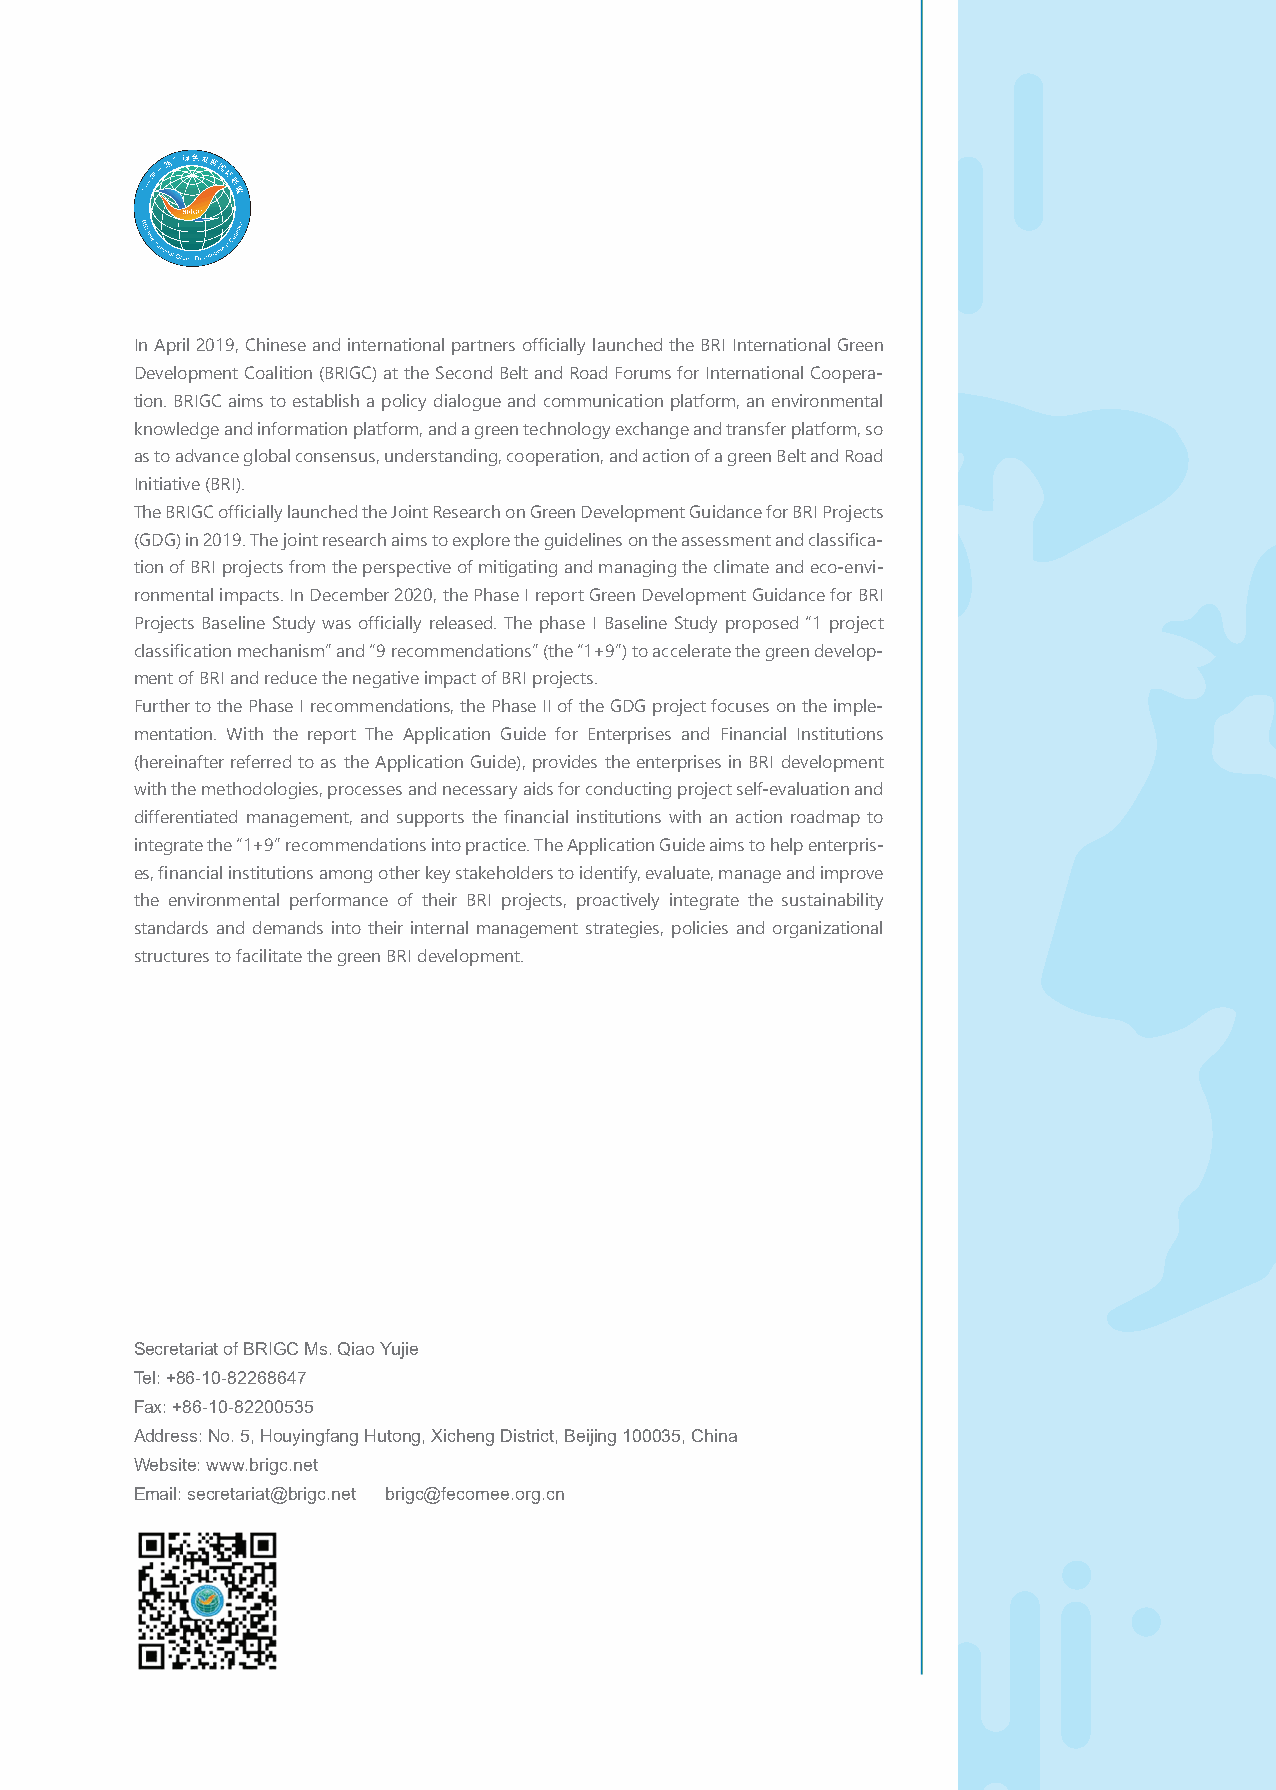
In April 2019, Chinese and international partners officially launched the BRI International Green
 Development Coalition (BRIGC) at the Second Belt and Road Forums for International Coopera-
 tion. BRIGC aims to establish a policy dialogue and communication platform, an environmental
 knowledge and information platform, and a green technology exchange and transfer platform, so
 as to advance global consensus, understanding, cooperation, and action of a green Belt and Road
 Initiative (BRI).
 The BRIGC officially launched the Joint Research on Green Development Guidance for BRI Projects
 (GDG) in 2019. The joint research aims to explore the guidelines on the assessment and classifica-
 tion of BRI projects from the perspective of mitigating and managing the climate and eco-envi-
 ronmental impacts. In December 2020, the Phase I report Green Development Guidance for BRI
 Projects Baseline Study was officially released. The phase I Baseline Study proposed “1 project
 classification mechanism” and “9 recommendations” (the “1+9”) to accelerate the green develop-
 ment of BRI and reduce the negative impact of BRI projects.
 Further to the Phase I recommendations, the Phase II of the GDG project focuses on the imple-
 mentation. With the report The Application Guide for Enterprises and Financial Institutions
 (hereinafter referred to as the Application Guide), provides the enterprises in BRI development
 with the methodologies, processes and necessary aids for conducting project self-evaluation and
 differentiated management, and supports the financial institutions with an action roadmap to
 integrate the “1+9” recommendations into practice. The Application Guide aims to help enterpris-
 es, financial institutions among other key stakeholders to identify, evaluate, manage and improve
 the environmental performance of their BRI projects, proactively integrate the sustainability
 standards and demands into their internal management strategies, policies and organizational
 structures to facilitate the green BRI development.
 Secretariat of BRIGC Ms. Qiao Yujie
 Tel: +86-10-82268647
 Fax: +86-10-82200535
 Address: No. 5, Houyingfang Hutong, Xicheng District, Beijing 100035, China
 Website: www.brigc.net
 Email: secretariat@brigc.net brigc@fecomee.org.cn